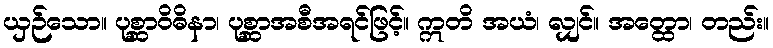
ယှဉ်သော။ ပုစ္ဆာဝိဓိနာ၊ ပုစ္ဆာအစီအရင်ဖြင့်။ ဣတိ အယံ၊ လျှင်။ အတ္ထော၊ တည်း။